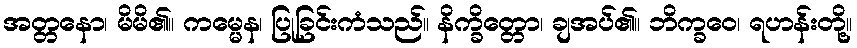
အတ္တနော၊ မိမိ၏။ ကမ္မေန၊ ပြုခြင်းကံသည်။ နိက္ခိတ္တော၊ ချအပ်၏။ ဘိက္ခဝေ၊ ရဟန်းတို့။